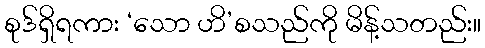
စုဒ်ရှိရကား ‘သော ဟိ’စသည်ကို မိန့်သတည်း။